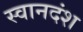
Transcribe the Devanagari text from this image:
स्वानदंश